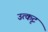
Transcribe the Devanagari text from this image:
उत्कृट